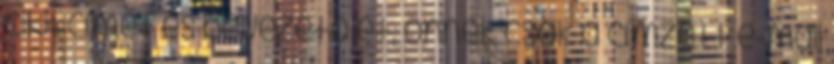
cikk címét és bevezetőjét, önnek csak a címzett e-mail